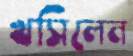
খসিলেন